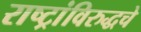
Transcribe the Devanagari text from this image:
राष्ट्रांविरुद्धचे